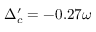
\Delta _ { c } ^ { \prime } = - 0 . 2 7 \omega